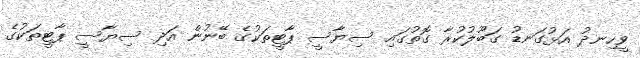
ވީހިނދު އަޅުގަނޑު ގަބޫލުކުރާ ގޮތުގައި ސިޔާސީ ޕާޓީތަކުގެ ބޭނުން އަދި ސިޔާސީ ޕާޓީތަކުގެ